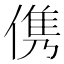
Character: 㑺